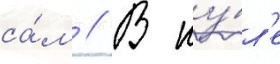
са́м // В иу́л'е